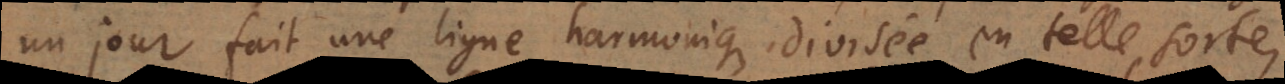
un jour fait une ligne harmonique divisée en telle sorte,